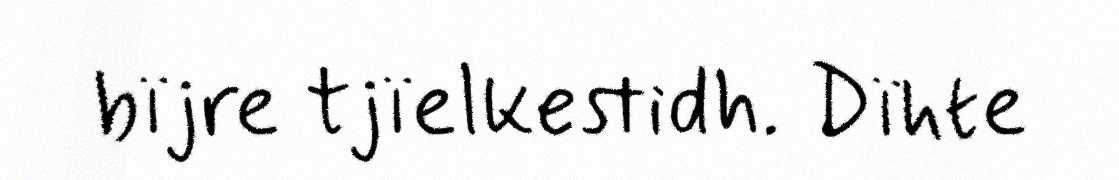
bïjre tjïelkestidh. Dïhte